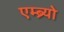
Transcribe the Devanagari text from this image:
एम्ब्र्यो